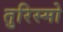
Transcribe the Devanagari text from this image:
तुरिस्मो